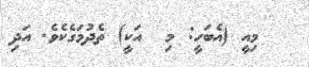
މިއީ (އެބަހީ: މި  އަކީ) ތެދުމަގެކެވެ. އަދި